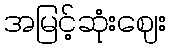
အမြင့်ဆုံးဈေး